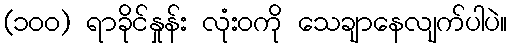
(၁၀၀) ရာခိုင်နှုန်း လုံးဝကို သေချာနေလျက်ပါပဲ။